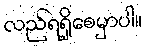
လည်ရရှိစေမှာပါ။